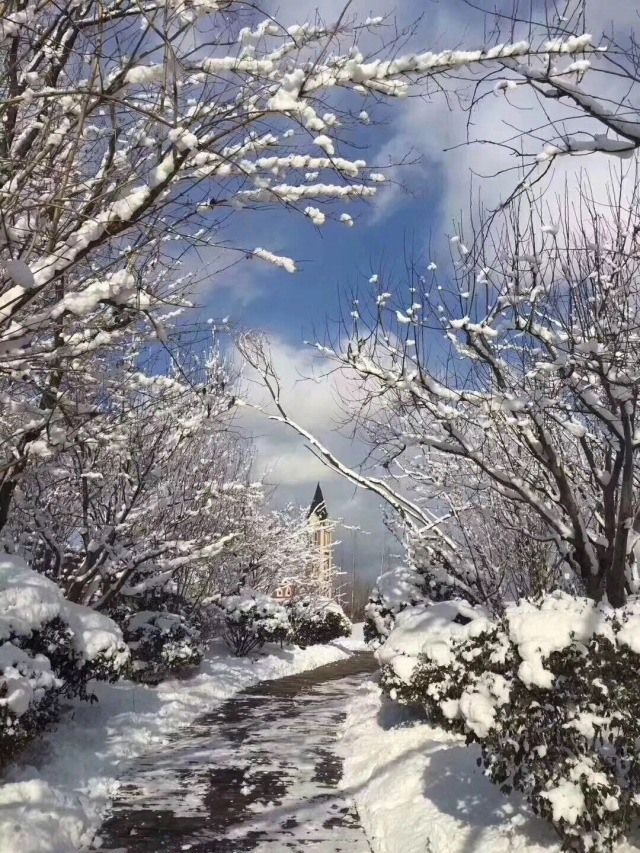
溪深古雪在，石断寒泉流。